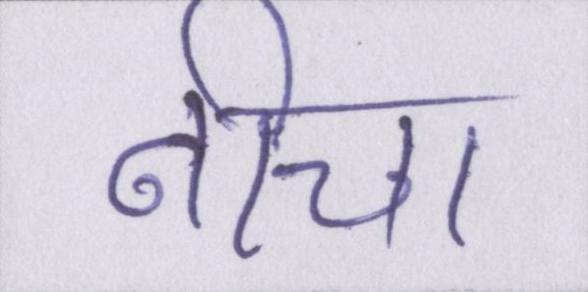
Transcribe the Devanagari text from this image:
नीचा